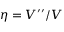
\eta = V ^ { \prime \prime } / V